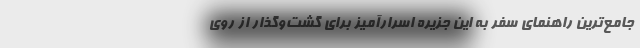
جامع‌ترین راهنمای سفر به این جزیره اسرارآمیز برای گشت‌وگذار از روی